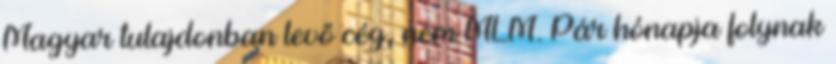
Magyar tulajdonban levő cég, nem MLM. Pár hónapja folynak